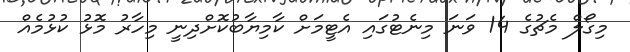
މިގޯލް މެޗުގެ 14 ވަނަ މިނެޓުގައި އެޓީމަށް ކާމިޔާބުކޮށްދިނީ މިހާރު މޮޅު ކުޅުމެއް